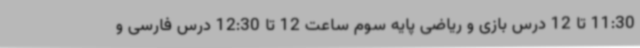
11:30 تا 12 درس بازی و ریاضی پایه سوم ساعت 12 تا 12:30 درس فارسی و